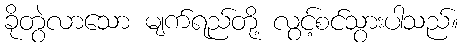
ခိုတွဲလာသော မျက်ရည်တို့ လွင့်စင်သွားပါသည်။